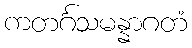
ကတင်္ဂသမန္နာဂတံ